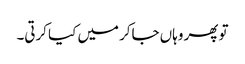
تو پھر وہاں جاکر میں کیا کرتی۔